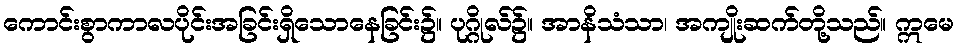
ကောင်းစွာကာလပိုင်းအခြင်းရှိသောနေခြင်း၌။ ပုဂ္ဂိုလ်၌။ အာနိသံသာ၊ အကျိုးဆက်တို့သည်။ ဣမေ